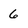
Character: 6